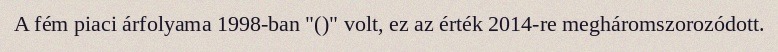
A fém piaci árfolyama 1998-ban "()" volt, ez az érték 2014-re megháromszorozódott.